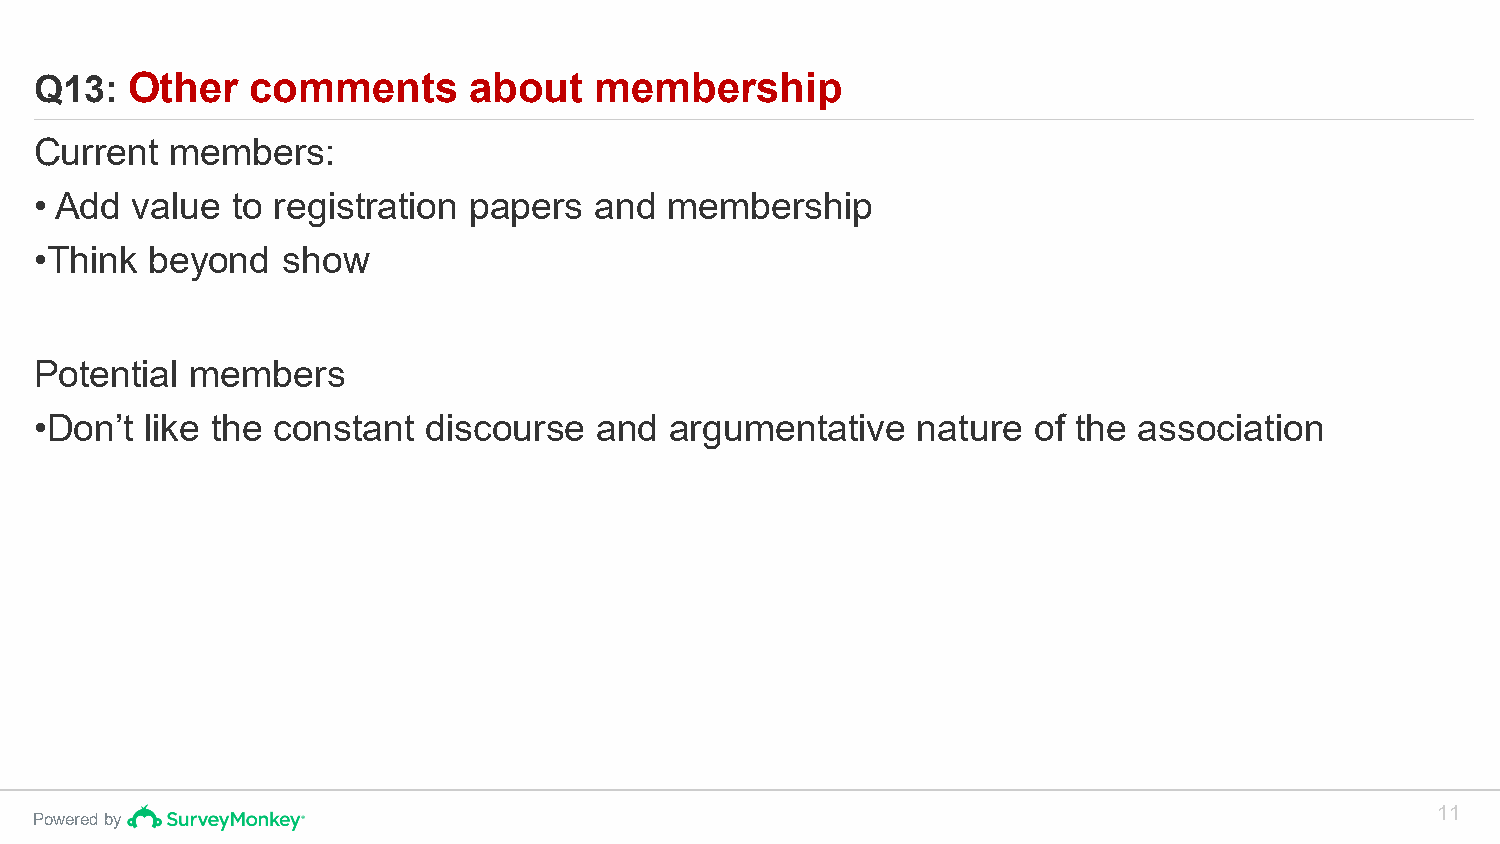
Q13:  Other    comments      about   membership
 Current  members:
 • Add  value to registration papers  and  membership
 •Think  beyond   show
 Potential  members
 •Don’t  like the constant discourse   and argumentative    nature of the association
 11
 Powered by